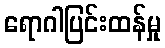
ရောဂါပြင်းထန်မှု